Cholera in India, 1862 to 1881
Year: 1862
Disease focus: Cholera
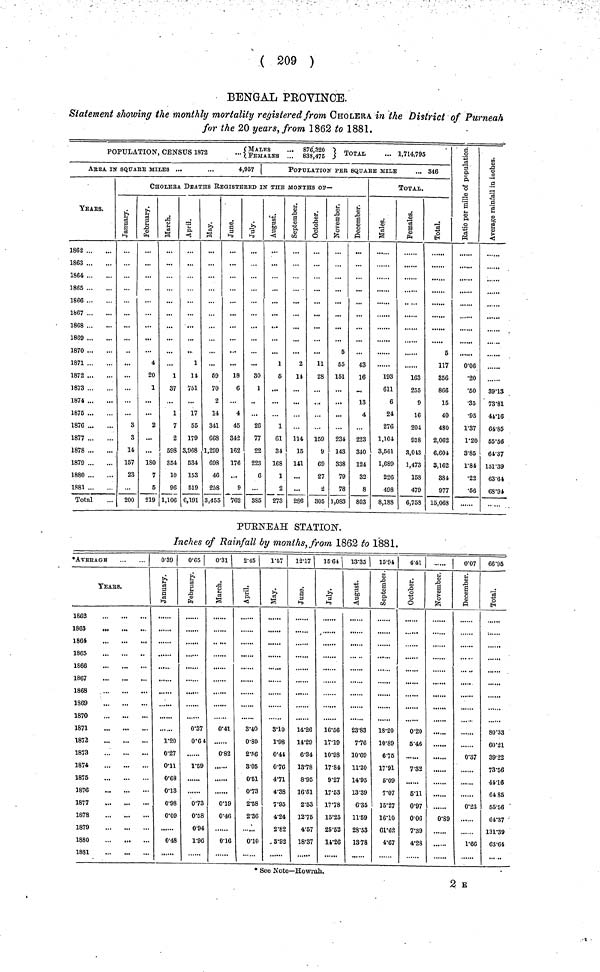
( 209 )
BENGAL PEOVINOE.
Statement showing the monthly mortality registered from CHOLERA in the District of Purneah
for the 20 years, from 1862 to 1881.
POPULATION, CENSUS 1872 {MALES ... 876,320. FEMALES ... 836,475}
ARBA IN SQUArE MILES ...
...
4,057
YEArS.
1862
1863
1864
1865
1866
1867
1868
1869
1870
1871
1872
1873
1874
1876
1876
1877
1878
1879
1880
1881
Total
POPULATION PER SQUArE MILE
... 346
CHOLEBA DEATHS rEgiHSTEreD IN THE MONTHS OF—
January.
...
...
3
3
14
157
23
...
200
February.
4
20
1
2
...
180
7
5
219
March.
1
37
1
7
2
698
354
10
96
1,106
April.
1
14
751
17
65
179
3,968
5.34
153
519
6,191
May.
69
70
2
14
341
668
1,299
693
46
258
3,455
June.
...
18
6
4
45
342
162
176
...
9
762
July.
...
80
1
26
77
22
223
6
385
August.
1
5
1
61
34
168
1
2
273
September.
2
14
114
15
141
...
286
October.
11
28
159
9
69
27
.2
305
November.
5
65
151
234
143
338
79
78
1,083
December.
43
16
13
4
223
340
124
32
8
803
TOTAL.
Males.
193
611
6
24
276
1,104
3,561
1,689
226
498
8,188
Females.
163
255
9
16
204
938
3,013
1,473
158
479
6,758
Total.
5
117
856
866
15
40
480
2,062
6,601
3,162
381
977
15,063
Ratio per mille of population.
0.06
.20
.60
.35
.95
1.37
1.20
3.85
1.84
.22
.66
Average rainfall in inches.
39.15
73.81
41.16
64.85
55.56
64.37
131.39
63.61
68.94
PUENEAH STATION.
Inches of Rainfall by months, from 1862 to 1881.
*AVEBAGB
TEArS.
1862
1863
1864
1865
1866
1867
1868
1869
1870
1871
1873
1873
1874
1875
1876
1877
1878
1879
1880
1881
0.39 |
January.
1.20
0.27
0.11
0.68
0.13
0.98
0.09
0.48
0.65 |
February.
0.37
0.64
1.59
0.73
0.58
0.94
1.90
0.31
March.
0.41
0.82
0.19
0.46
0.16
2.45
April.
8.40
0.80
2.56
3.05
0.51
0.73
2.58
2.36
0.01
1.57
May.
3.10
1.98
0.44
0.76
4.71
4.38
7.95
4.24
2.82
3.92
12.17
June.
14.26
14.29
6.34
13.78
8.95
16.51
2.53
12.76
4.57
18.37
15.64
July.
16.56
17.19
10.98
17.84
9.27
17.53
17.78
15.25
25.52
11.26
13.35 |
August.
23.83
7.76
10.69
11.20
14.95
13.39
6.35
11.69
28.53
13.78
15.94
September.
18.20
10.89
6.75
17.91
5.09
7.07
15.27
16.10
61.62
4.67
4.41 ]
October.
0.20
5.46
7.82
6.11
0.97
0.06
7.39
4.28
November.
0.89
0.07
December.
0.37
0.23
1.66
66.95
Total
80.33
60.21
39.22
73.56
41.16
64.85
55.56
61.37
131.39
63.64
* See Note—Howrah.
2 E